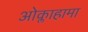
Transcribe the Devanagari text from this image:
ओक्लाहामा